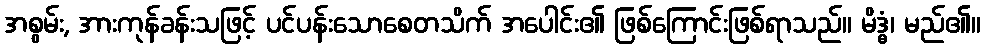
အစွမ်း, အားကုန်ခန်းသဖြင့် ပင်ပန်းသောစေတသိက် အပေါင်း၏ ဖြစ်ကြောင်းဖြစ်ရာသည်။ မိဒ္ဓံ၊ မည်၏။